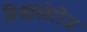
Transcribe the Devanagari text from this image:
विश्वाखेरीज